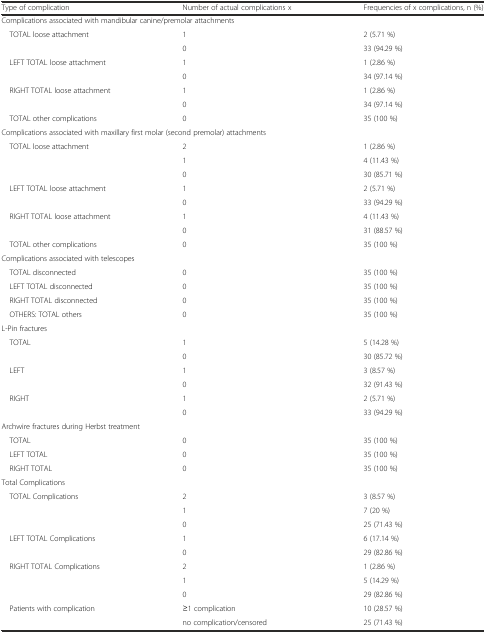
<table><thead><tr><td><b>Type of complication</b></td><td><b>Number of actual complications x</b></td><td><b>Frequencies of x complications, n (%)</b></td></tr></thead><tbody><tr><td colspan="3">Complications associated with mandibular canine/premolar attachments</td></tr><tr><td> TOTAL loose attachment</td><td>1</td><td>2 (5.71 %)</td></tr><tr><td></td><td>0</td><td>33 (94.29 %)</td></tr><tr><td> LEFT TOTAL loose attachment</td><td>1</td><td>1 (2.86 %)</td></tr><tr><td></td><td>0</td><td>34 (97.14 %)</td></tr><tr><td> RIGHT TOTAL loose attachment</td><td>1</td><td>1 (2.86 %)</td></tr><tr><td></td><td>0</td><td>34 (97.14 %)</td></tr><tr><td> TOTAL other complications</td><td>0</td><td>35 (100 %)</td></tr><tr><td colspan="3">Complications associated with maxillary first molar (second premolar) attachments</td></tr><tr><td> TOTAL loose attachment</td><td>2</td><td>1 (2.86 %)</td></tr><tr><td></td><td>1</td><td>4 (11.43 %)</td></tr><tr><td></td><td>0</td><td>30 (85.71 %)</td></tr><tr><td> LEFT TOTAL loose attachment</td><td>1</td><td>2 (5.71 %)</td></tr><tr><td></td><td>0</td><td>33 (94.29 %)</td></tr><tr><td> RIGHT TOTAL loose attachment</td><td>1</td><td>4 (11.43 %)</td></tr><tr><td></td><td>0</td><td>31 (88.57 %)</td></tr><tr><td> TOTAL other complications</td><td>0</td><td>35 (100 %)</td></tr><tr><td colspan="3">Complications associated with telescopes</td></tr><tr><td> TOTAL disconnected</td><td>0</td><td>35 (100 %)</td></tr><tr><td> LEFT TOTAL disconnected</td><td>0</td><td>35 (100 %)</td></tr><tr><td> RIGHT TOTAL disconnected</td><td>0</td><td>35 (100 %)</td></tr><tr><td> OTHERS: TOTAL others</td><td>0</td><td>35 (100 %)</td></tr><tr><td colspan="3">L-Pin fractures</td></tr><tr><td> TOTAL</td><td>1</td><td>5 (14.28 %)</td></tr><tr><td></td><td>0</td><td>30 (85.72 %)</td></tr><tr><td> LEFT</td><td>1</td><td>3 (8.57 %)</td></tr><tr><td></td><td>0</td><td>32 (91.43 %)</td></tr><tr><td> RIGHT</td><td>1</td><td>2 (5.71 %)</td></tr><tr><td></td><td>0</td><td>33 (94.29 %)</td></tr><tr><td colspan="3">Archwire fractures during Herbst treatment</td></tr><tr><td> TOTAL</td><td>0</td><td>35 (100 %)</td></tr><tr><td> LEFT TOTAL</td><td>0</td><td>35 (100 %)</td></tr><tr><td> RIGHT TOTAL</td><td>0</td><td>35 (100 %)</td></tr><tr><td colspan="3">Total Complications</td></tr><tr><td> TOTAL Complications</td><td>2</td><td>3 (8.57 %)</td></tr><tr><td></td><td>1</td><td>7 (20 %)</td></tr><tr><td></td><td>0</td><td>25 (71.43 %)</td></tr><tr><td> LEFT TOTAL Complications</td><td>1</td><td>6 (17.14 %)</td></tr><tr><td></td><td>0</td><td>29 (82.86 %)</td></tr><tr><td> RIGHT TOTAL Complications</td><td>2</td><td>1 (2.86 %)</td></tr><tr><td></td><td>1</td><td>5 (14.29 %)</td></tr><tr><td></td><td>0</td><td>29 (82.86 %)</td></tr><tr><td> Patients with complication</td><td>≥1 complication</td><td>10 (28.57 %)</td></tr><tr><td></td><td>no complication/censored</td><td>25 (71.43 %)</td></tr></tbody></table>